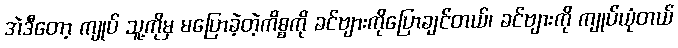
အဲဒီတော့ ကျုပ် သူ့ကိုမှ မပြောခဲ့တဲ့ကိစ္စကို ခင်ဗျားကိုပြောချင်တယ်၊ ခင်ဗျားကို ကျုပ်ယုံတယ်